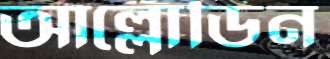
আল্লোডিন